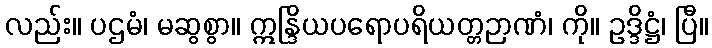
လည်း။ ပဌမံ၊ မဆွစွာ။ ဣန္ဒြိယပရောပရိယတ္တဉာဏံ၊ ကို။ ဥဒ္ဒိဋ္ဌံ၊ ပြီ။